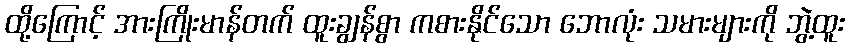
ထို့ကြောင့် အားကြိုးမာန်တက် ထူးချွန်စွာ ကစားနိုင်သော ဘောလုံး သမားများကို ဘွဲ့ထူး